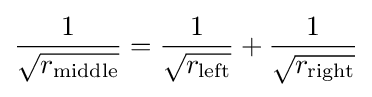
{\frac {1}{\sqrt {r_{\text{middle}}}}}={\frac {1}{\sqrt {r_{\text{left}}}}}+{\frac {1}{\sqrt {r_{\text{right}}}}}